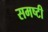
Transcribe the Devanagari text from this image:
समष्टी